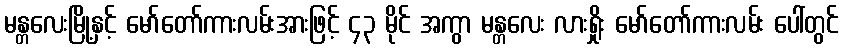
မန္တလေးမြို့နှင့် မော်တော်ကားလမ်းအားဖြင့် ၄၃ မိုင် အကွာ မန္တလေး လားရှိုး မော်တော်ကားလမ်း ပေါ်တွင်